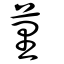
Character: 荲